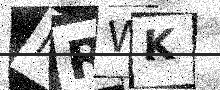
Text: IRWK